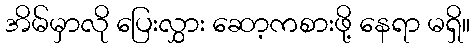
အိမ်မှာလို ပြေးလွှား ဆော့ကစားဖို့ နေရာ မရှိ။